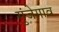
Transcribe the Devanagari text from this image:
गुंजेगाव